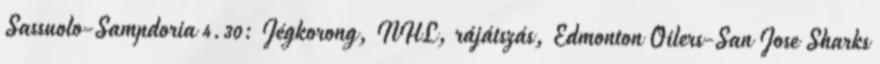
Sassuolo-Sampdoria 4.30: Jégkorong, NHL, rájátszás, Edmonton Oilers-San Jose Sharks